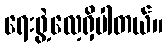
ရေးဖွဲ့လေ့ရှိပါတယ်။